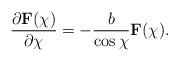
LaTeX: \begin{align*}\frac{\partial {\mathbf F}(\chi )} {\partial \chi }=-\frac{b}{\cos\chi}{\mathbf F}(\chi).\end{align*}